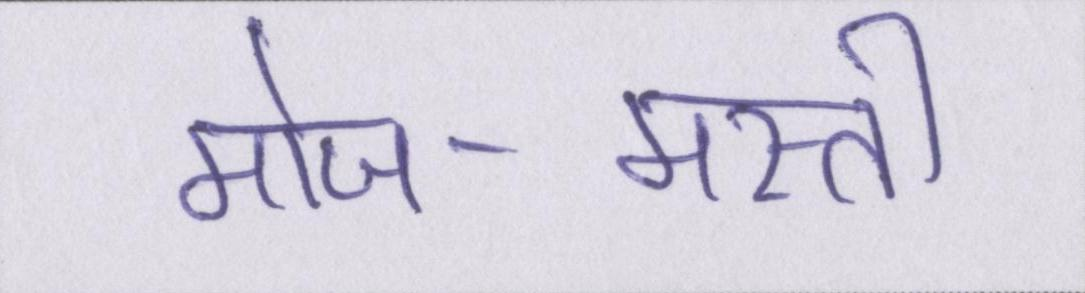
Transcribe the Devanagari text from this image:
मोज-मस्ती